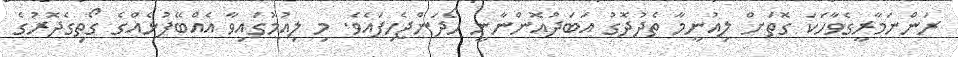
ރަންނަމާރީގެވާހަކަ ގޮތަށް ލިއުނީމާ ތެދުދޮގު އަބަދުއޮންނާނީ ހޯދަންޖެހިފައެވެ. މި ލިއުމުގައިވާ އެއްބޭފުޅެއްގެ ގޯތިގެދޮރުގެ